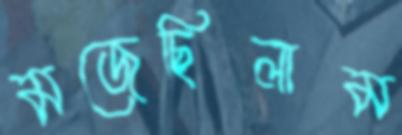
মজেছিলাম